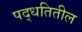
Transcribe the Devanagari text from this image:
पद्धतितील